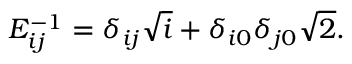
E _ { i j } ^ { - 1 } = \delta _ { i j } \sqrt { i } + \delta _ { i 0 } \delta _ { j 0 } \sqrt { 2 } .